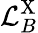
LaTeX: \mathcal{L}_{B}^{\mathrm{X}}